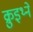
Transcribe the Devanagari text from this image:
क्रुइथ्ने